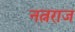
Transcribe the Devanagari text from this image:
नत्नराज